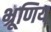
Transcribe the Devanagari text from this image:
भ्रूणिय